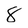
Character: 8